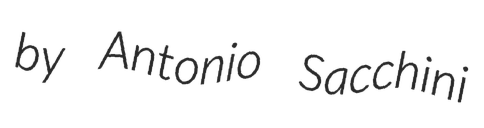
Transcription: by Antonio Sacchini